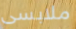
ملابسى